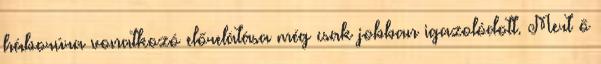
háborúra vonatkozó előrelátása még csak jobban igazolódott. Mert ő